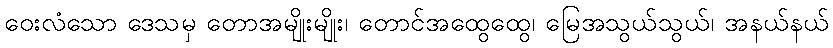
ဝေးလံသော ဒေသမှ တောအမျိုးမျိုး၊ တောင်အထွေထွေ၊ မြေအသွယ်သွယ်၊ အနယ်နယ်